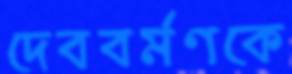
দেববর্মণকে